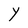
Character: Y